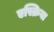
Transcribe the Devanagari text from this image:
एस्क्रिबा